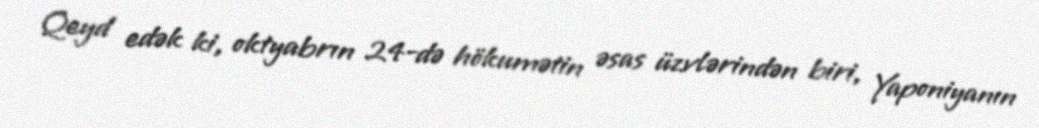
Qeyd edək ki, oktyabrın 24-də hökumətin əsas üzvlərindən biri, Yaponiyanın